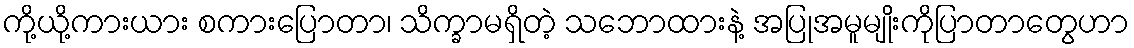
ကို့ယို့ကားယား စကားပြောတာ၊ သိက္ခာမရှိတဲ့ သဘောထားနဲ့ အပြုအမူမျိုးကိုပြာတာတွေဟာ